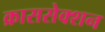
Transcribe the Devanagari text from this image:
क्राससेक्शन